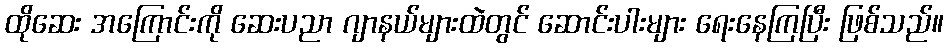
ထိုဆေး အကြောင်းကို ဆေးပညာ ဂျာနယ်များထဲတွင် ဆောင်းပါးများ ရေးနေကြပြီး ဖြစ်သည်။